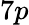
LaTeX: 7p